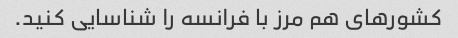
کشورهای هم مرز با فرانسه را شناسایی کنید.